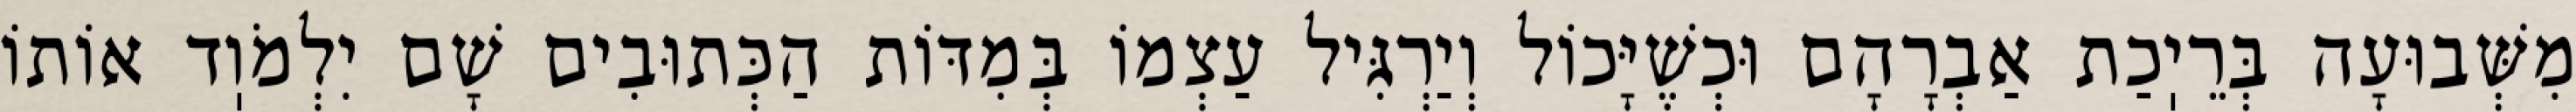
מִשְּׁבוּעָה בְּרֵיֽכַת אַבְרָהָם וּכְשֶׁיָּכוֹל וְיַרְגִּיל עַצְמוֹ בְּמִדּוֹת הַכְּתוּבִים שָׁם יִלְמֹוֽד אוֹתוֹ